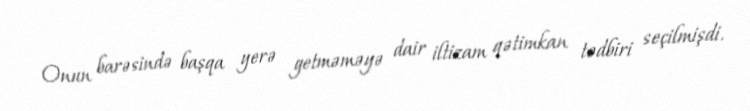
Onun barəsində başqa yerə getməməyə dair iltizam qətimkan tədbiri seçilmişdi.